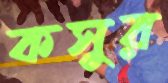
কসুর